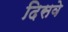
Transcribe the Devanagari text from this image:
दिसवे